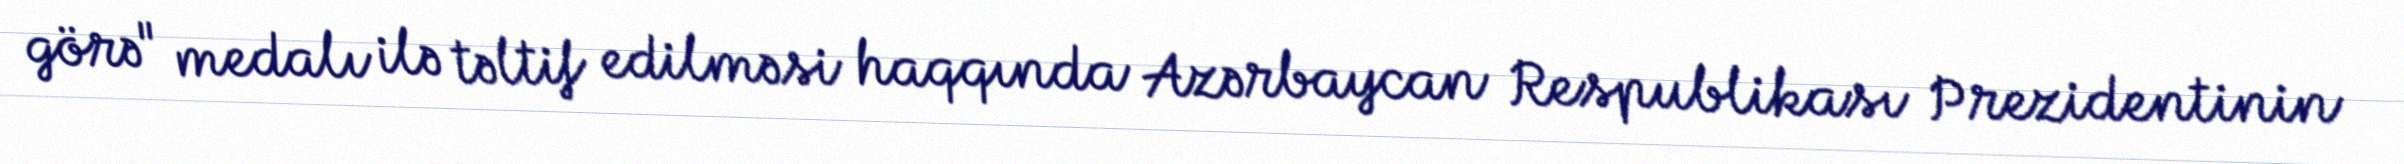
görə" medalı ilə təltif edilməsi haqqında Azərbaycan Respublikası Prezidentinin